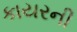
કાયરની